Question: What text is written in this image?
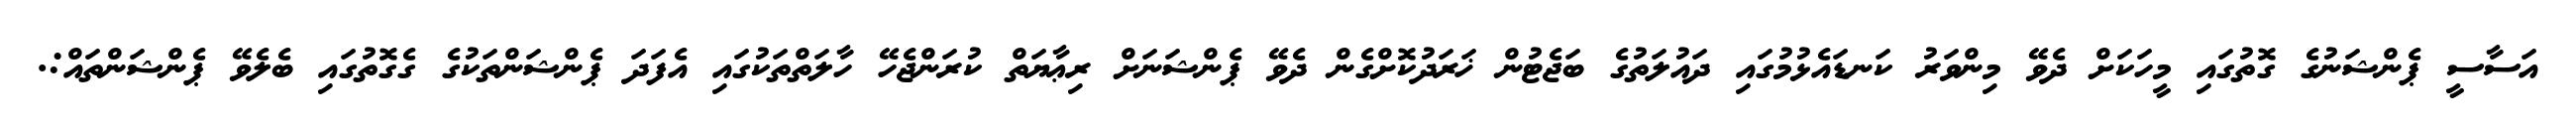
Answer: އަސާސީ ޕެންޝަނުގެ ގޮތުގައި މީހަކަށް ދެވޭ މިންވަރު ކަނޑައެޅުމުގައި ދައުލަތުގެ ބަޖެޓުން ޚަރަދުކޮށްގެން ދެވޭ ޕެންޝަނަށް ރިޢާޔަތް ކުރަންޖެހޭ ހާލަތްތަކުގައި އެފަދަ ޕެންޝަންތަކުގެ ގެގޮތުގައި ބެލެވޭ ޕެންޝަންތައް:.